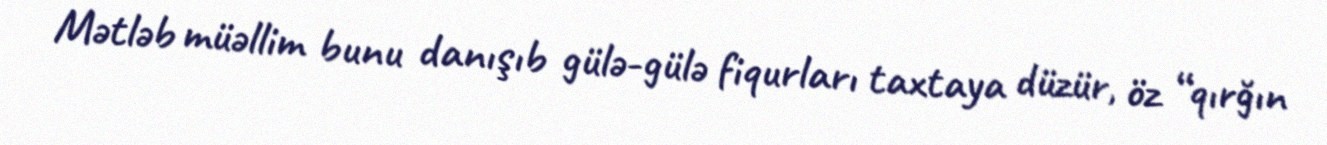
Mətləb müəllim bunu danışıb gülə-gülə fiqurları taxtaya düzür, öz “qırğın